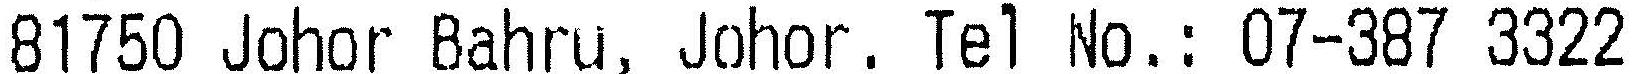
81750 JOHOR BAHRU, JOHOR. TEL NO.: 07-387 3322